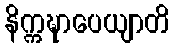
နိက္ကဍ္ဎာပေယျာတိ